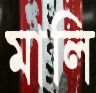
মালি